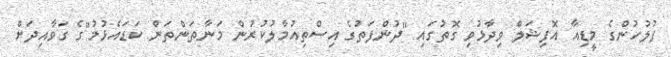
ފުލުހުންގެ މީޑިއާ އޮފިޝަލް ވިދާޅުވި ގޮތުގައި "ދުންފަތުގެ އިސްތިއުމާލުކުރުން މަނާތަންތަން ކަޑައެޅުމު"ގެ ގަވާއިދަށް